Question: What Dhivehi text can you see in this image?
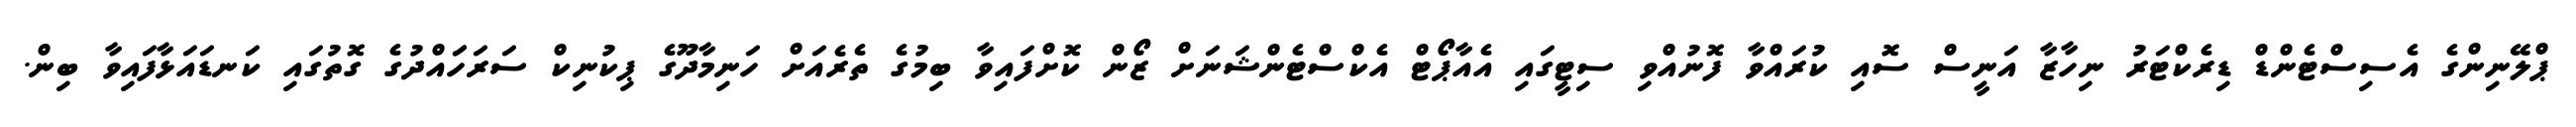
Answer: ޕްލޭނިންގެ އެސިސްޓެންޑް ޑިރެކްޓަރު ނިހާޒާ އަނީސް ސޮއި ކުރައްވާ ފޮނުއްވި ސިޓީގައި އެއާޕޯޓް އެކްސްޓެންޝަނަށް ޒޯން ކޮށްފައިވާ ބިމުގެ ތެރެއަށް ހަނިމާދޫގެ ޕިކުނިކް ސަރަހަައްދުގެ ގޮތުގައި ކަނޑައަޅާފައިވާ ބިން.